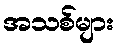
အသစ်များ